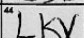
Transcription: LKV